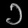
Digit: ၁